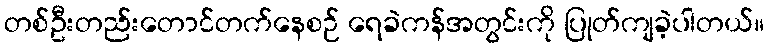
တစ်ဦးတည်းတောင်တက်နေစဉ် ရေခဲကန်အတွင်းကို ပြုတ်ကျခဲ့ပါတယ်။